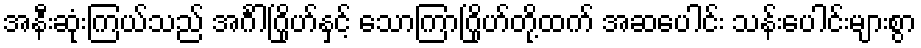
အနီးဆုံးကြယ်သည် အင်္ဂါဂြိုဟ်နှင့် သောကြာဂြိုဟ်တို့ထက် အဆပေါင်း သန်းပေါင်းများစွာ